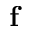
\textbf { f }